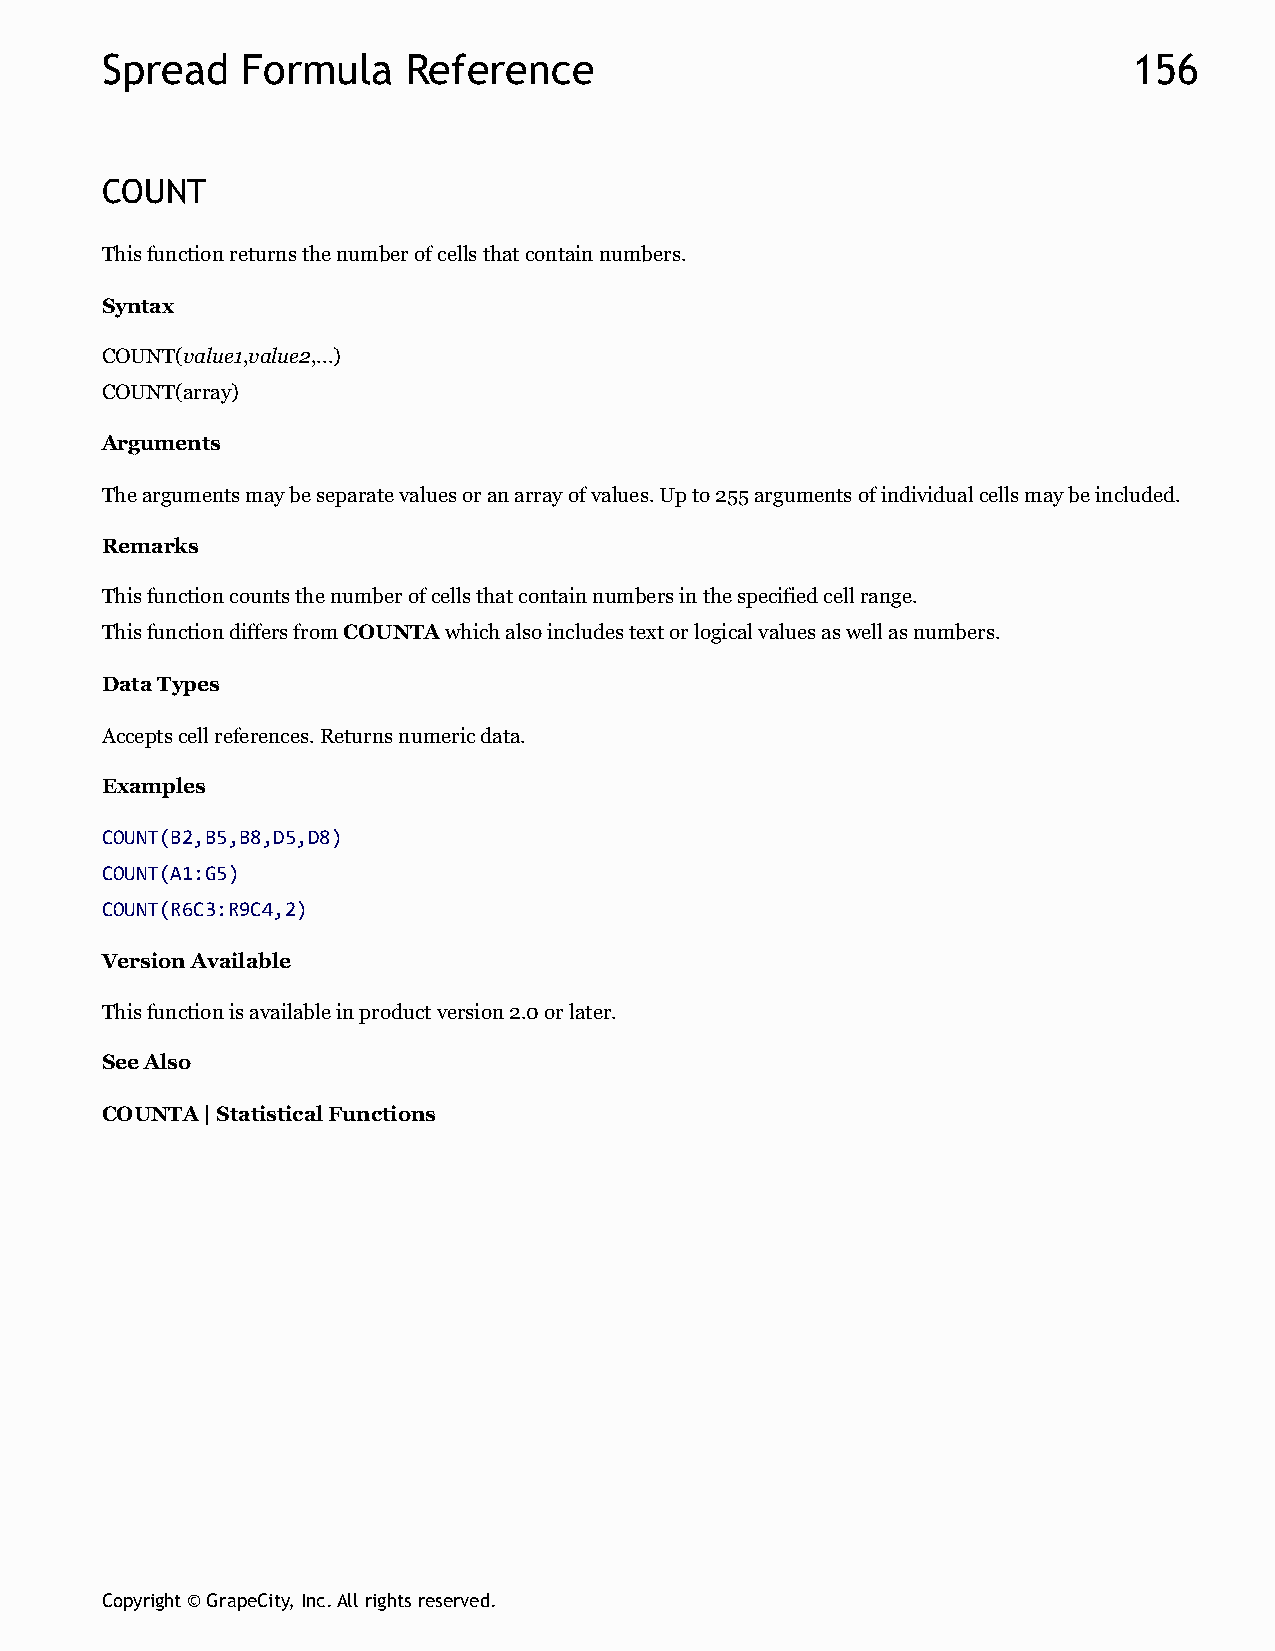
Spread   Formula    Reference                                       156
 COUNT
 This function returns the number of cells that contain numbers.
 Syntax
 COUNT(value1,value2,...)
 COUNT(array)
 Arguments
 The arguments may be separate values or an array of values. Up to 255 arguments of individual cells may be included.
 Remarks
 This function counts the number of cells that contain numbers in the specified cell range.
 This function differs from COUNTA which also includes text or logical values as well as numbers.
 Data Types
 Accepts cell references. Returns numeric data.
 Examples
 COUNT(B2,B5,B8,D5,D8)
 COUNT(A1:G5)
 COUNT(R6C3:R9C4,2)
 Version Available
 This function is available in product version 2.0 or later.
 See Also
 COUNTA | Statistical Functions
 Copyright © GrapeCity, Inc. All rights reserved.